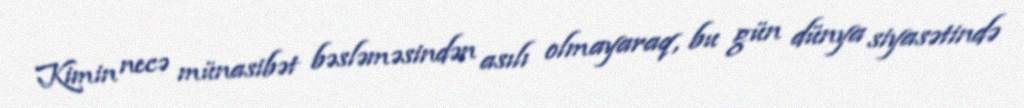
Kimin necə münasibət bəsləməsindən asılı olmayaraq, bu gün dünya siyasətində